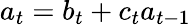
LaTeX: a_{t}=b_{t}+c_{t}a_{t-1}